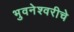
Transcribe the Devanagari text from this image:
भुवनेश्वरीचे